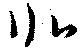
北